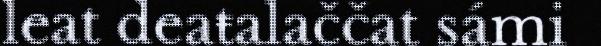
leat deaŧalaččat sámi